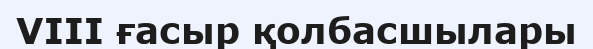
VIII ғасыр қолбасшылары